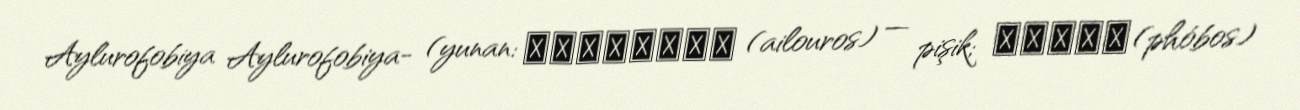
Aylurofobiya Aylurofobiya- (yunan: αἴλουρος (ailouros) — pişik; φόβος (phóbos)